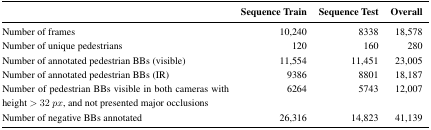
<table><thead><tr><td></td><td><b>Sequence Train</b></td><td><b>Sequence Test</b></td><td><b>Overall</b></td></tr></thead><tbody><tr><td>Number of frames</td><td>10,240</td><td>8338</td><td>18,578</td></tr><tr><td>Number of unique pedestrians</td><td>120</td><td>160</td><td>280</td></tr><tr><td>Number of annotated pedestrian BBs (visible)</td><td>11,554</td><td>11,451</td><td>23,005</td></tr><tr><td>Number of annotated pedestrian BBs (IR)</td><td>9386</td><td>8801</td><td>18,187</td></tr><tr><td>Number of pedestrian BBs visible in both cameras with height &gt; 32 <i>px</i>, and not presented major occlusions</td><td>6264</td><td>5743</td><td>12,007</td></tr><tr><td>Number of negative BBs annotated</td><td>26,316</td><td>14,823</td><td>41,139</td></tr></tbody></table>